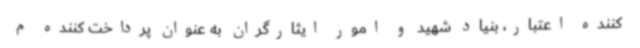
کننده اعتبار، بنیاد شهید و امور ایثارگران به عنوان پرداخت کننده م